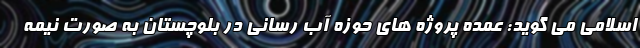
اسلامی می گوید: عمده پروژه های حوزه آب رسانی در بلوچستان به صورت نیمه